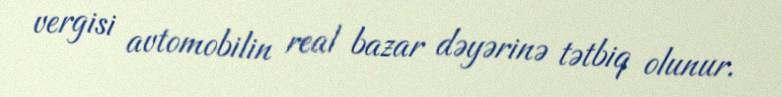
vergisi avtomobilin real bazar dəyərinə tətbiq olunur.